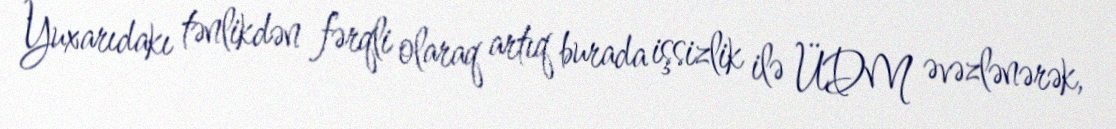
Yuxarıdakı tənlikdən fərqli olaraq artıq burada işsizlik ilə ÜDM əvəzlənərək,